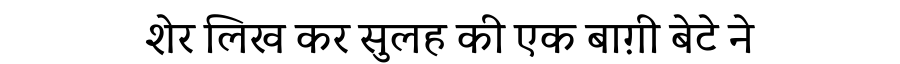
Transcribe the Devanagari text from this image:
शेर लिख कर सुलह की एक बाग़ी बेटे ने